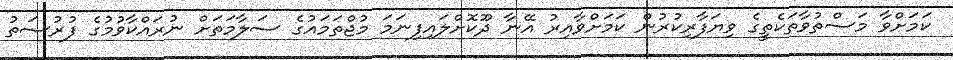
ކަމަށްވާ މަސްތުވާތަކެތީގެ ވިޔަފާރިކުރުން ކަމަށްވާއިރު އޭނާ ދޫކޮށްލައިފިނަމަ މުޖްތަމައުގެ ސަލާމަތަށް ނުރައްކާވުމުގެ ފުރުސަތު